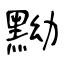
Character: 黝